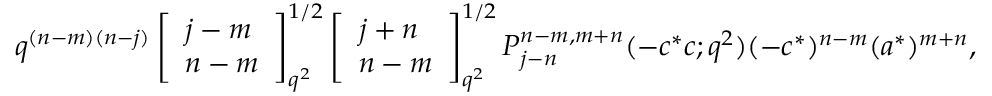
q ^ { ( n - m ) ( n - j ) } \left[ \begin{array} { l } { { j - m } } \\ { { n - m } } \end{array} \right] _ { q ^ { 2 } } ^ { 1 / 2 } \left[ \begin{array} { l } { { j + n } } \\ { { n - m } } \end{array} \right] _ { q ^ { 2 } } ^ { 1 / 2 } P _ { j - n } ^ { n - m , m + n } ( - c ^ { * } c ; q ^ { 2 } ) ( - c ^ { * } ) ^ { n - m } ( a ^ { * } ) ^ { m + n } ,